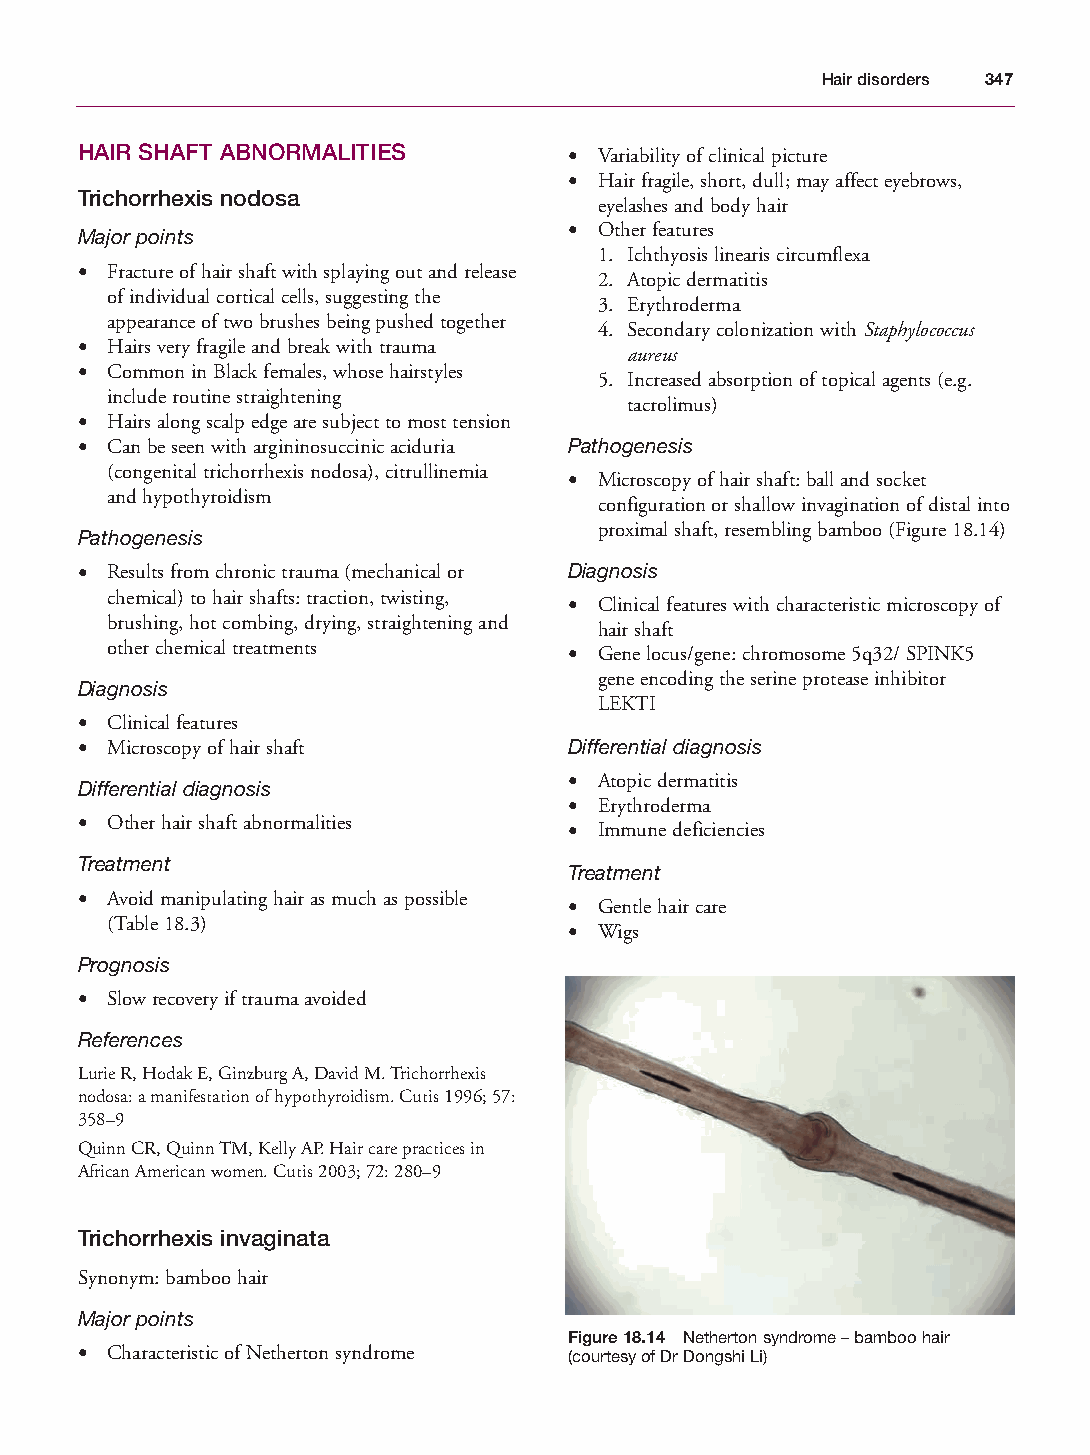
Mallory Chapter 18 27/1/05 2:55 pm Page 347
 Hair disorders 347
 HAIR SHAFT ABNORMALITIES         • Variability of clinical picture
 • Hair fragile, short, dull; may affect eyebrows,
 Trichorrhexis nodosa
 eyelashes and body hair
 • Other features
 Major points
 1. Ichthyosis linearis circumflexa
 • Fracture of hair shaft with splaying out and release
 2. Atopic dermatitis
 of individual cortical cells, suggesting the
 3. Erythroderma
 appearance of two brushes being pushed together
 4. Secondary colonization with Staphylococcus
 • Hairs very fragile and break with trauma
 aureus
 • Common in Black females, whose hairstyles
 5. Increased absorption of topical agents (e.g.
 include routine straightening
 tacrolimus)
 • Hairs along scalp edge are subject to most tension
 • Can be seen with argininosuccinic aciduria Pathogenesis
 (congenital trichorrhexis nodosa), citrullinemia
 • Microscopy of hair shaft: ball and socket
 and hypothyroidism
 configuration or shallow invagination of distal into
 proximal shaft, resembling bamboo (Figure 18.14)
 Pathogenesis
 • Results from chronic trauma (mechanical or Diagnosis
 chemical) to hair shafts: traction, twisting, • Clinical features with characteristic microscopy of
 brushing, hot combing, drying, straightening and
 hair shaft
 other chemical treatments      • Gene locus/gene: chromosome 5q32/ SPINK5
 gene encoding the serine protease inhibitor
 Diagnosis
 LEKTI
 • Clinical features
 • Microscopy of hair shaft       Differential diagnosis
 • Atopic dermatitis
 Differential diagnosis
 • Erythroderma
 • Other hair shaft abnormalities • Immune deficiencies
 Treatment
 Treatment
 • Avoid manipulating hair as much as possible
 • Gentle hair care
 (Table 18.3)
 • Wigs
 Prognosis
 • Slow recovery if trauma avoided
 References
 Lurie R, Hodak E, Ginzburg A, David M. Trichorrhexis
 nodosa: a manifestation of hypothyroidism. Cutis 1996; 57:
 358–9
 Quinn CR, Quinn TM, Kelly AP. Hair care practices in
 African American women. Cutis 2003; 72: 280–9
 Trichorrhexis invaginata
 Synonym: bamboo hair
 Major points
 Figure 18.14 Netherton syndrome – bamboo hair
 • Characteristic of Netherton syndrome (courtesy of Dr Dongshi Li)